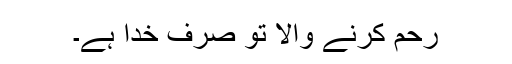
رحم کرنے والا تو صرف خدا ہے۔